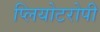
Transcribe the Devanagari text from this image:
प्लियोटरोपी